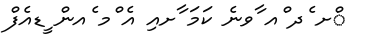
ްށ ެދ ްއ ާވނެ ކަމަ ާށއި އެ ްމ ެއން ީޑއެފް